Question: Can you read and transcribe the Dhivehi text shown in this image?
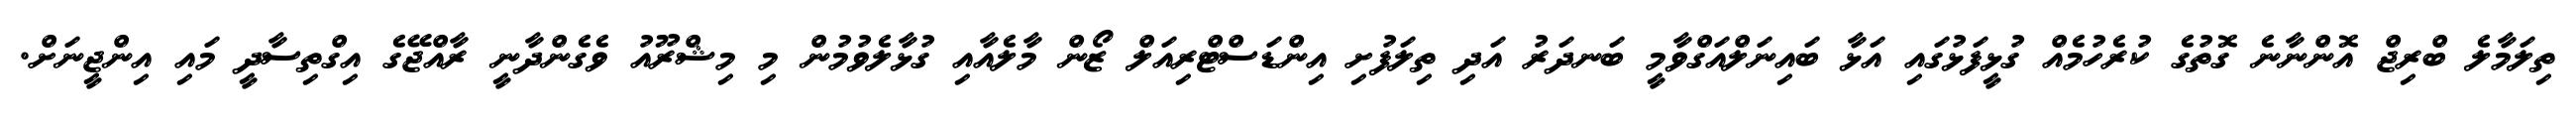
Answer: ތިލަމާލެ ބްރިޖް އޮންނާނެ ގޮތުގެ ކުރެހުމެއް ގުޅީފަޅުގައި އަޅާ ބައިނަލްއަގްވާމީ ބަނދަރު އަދި ތިލަފުށި އިންޑަސްޓްރިއަލް ޒޯން މާލެއާއި ގުޅާލެވުމުން މި މިޝްރޫއު ވެގެންދާނީ ރާއްޖޭގެ އިގްތިސާދީ މައި އިންޖީނަށް.